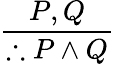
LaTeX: \frac{P,Q}{\therefore P\land Q}